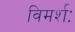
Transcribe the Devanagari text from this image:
विमर्शः